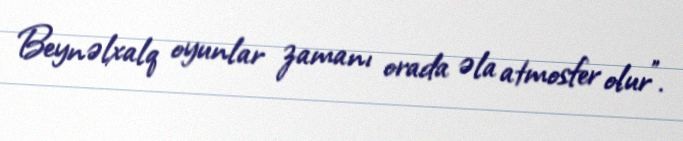
Beynəlxalq oyunlar zamanı orada əla atmosfer olur".